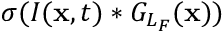
\sigma ( I ( { \bf x } , t ) * G _ { L _ { F } } ( { \bf x } ) )